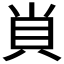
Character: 𧴪